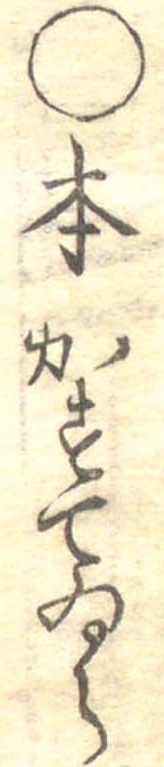
○本かすてゐら